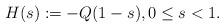
LaTeX: \begin{align*} H(s) := - Q(1-s), 0\le s <1. \end{align*}